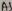
Text: A5